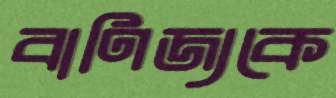
বাণিজ্যকে